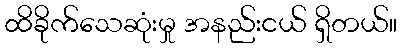
ထိခိုက်သေဆုံးမှု အနည်းငယ် ရှိတယ်။